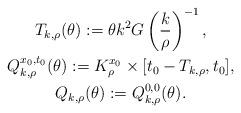
LaTeX: \begin{gather*} T_{k, \rho}(\theta) := \theta k^2 G\left(\frac{k}{\rho}\right)^{-1}, \\ Q_{k, \rho}^{x_0, t_0}(\theta) := K_{\rho}^{x_0} \times [t_0 -T_{k,\rho}, t_0], \\ Q_{k, \rho}(\theta) := Q_{k, \rho}^{0,0}(\theta). \end{gather*}